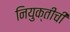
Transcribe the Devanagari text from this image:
नियुक्तीची